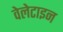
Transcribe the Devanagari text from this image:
वेलेटाइन